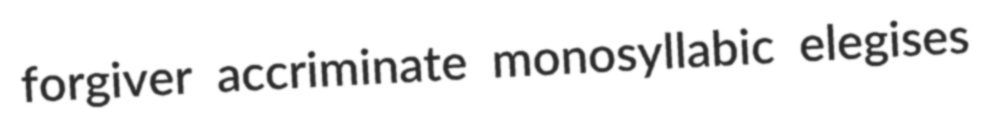
forgiver accriminate monosyllabic elegises